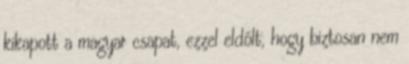
kikapott a magyar csapat, ezzel eldőlt, hogy biztosan nem